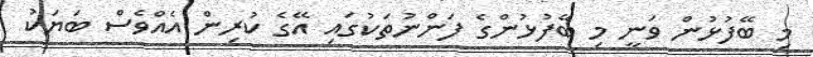
މި ބޭފުޅުން ވަނީ މި ބޭފުޅުންގެ ފަންނުތަކުގައި އޭގެ ކުރިން އެއްވެސް ބަޔަކު